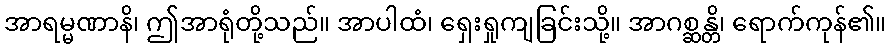
အာရမ္မဏာနိ၊ ဤအာရုံတို့သည်။ အာပါထံ၊ ရှေးရှုကျခြင်းသို့။ အာဂစ္ဆန္တိ၊ ရောက်ကုန်၏။